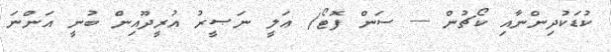
ކުޑަކުދިންނާއި ކޯޗުން --- ސަން ފޮޓޯ/ ޢަލީ ނަޞީރު އުރީދޫއިން ބުނީ އަންނަ